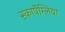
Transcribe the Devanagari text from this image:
स्कार्पेग्लिया